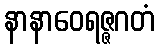
နာနာဝေရဇ္ဇဂတံ